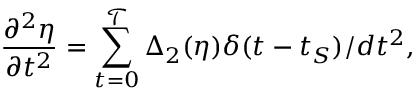
\frac { \partial ^ { 2 } \eta } { \partial t ^ { 2 } } = \sum _ { t = 0 } ^ { \mathcal { T } } \Delta _ { 2 } ( \eta ) \delta ( t - t _ { S } ) / d t ^ { 2 } ,